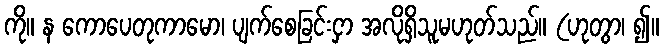
ကို။ န ကောပေတုကာမော၊ ပျက်စေခြင်းငှာ အလိုရှိသူမဟုတ်သည်။ (ဟုတွာ၊ ၍။